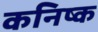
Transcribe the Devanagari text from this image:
कनिष्‍क